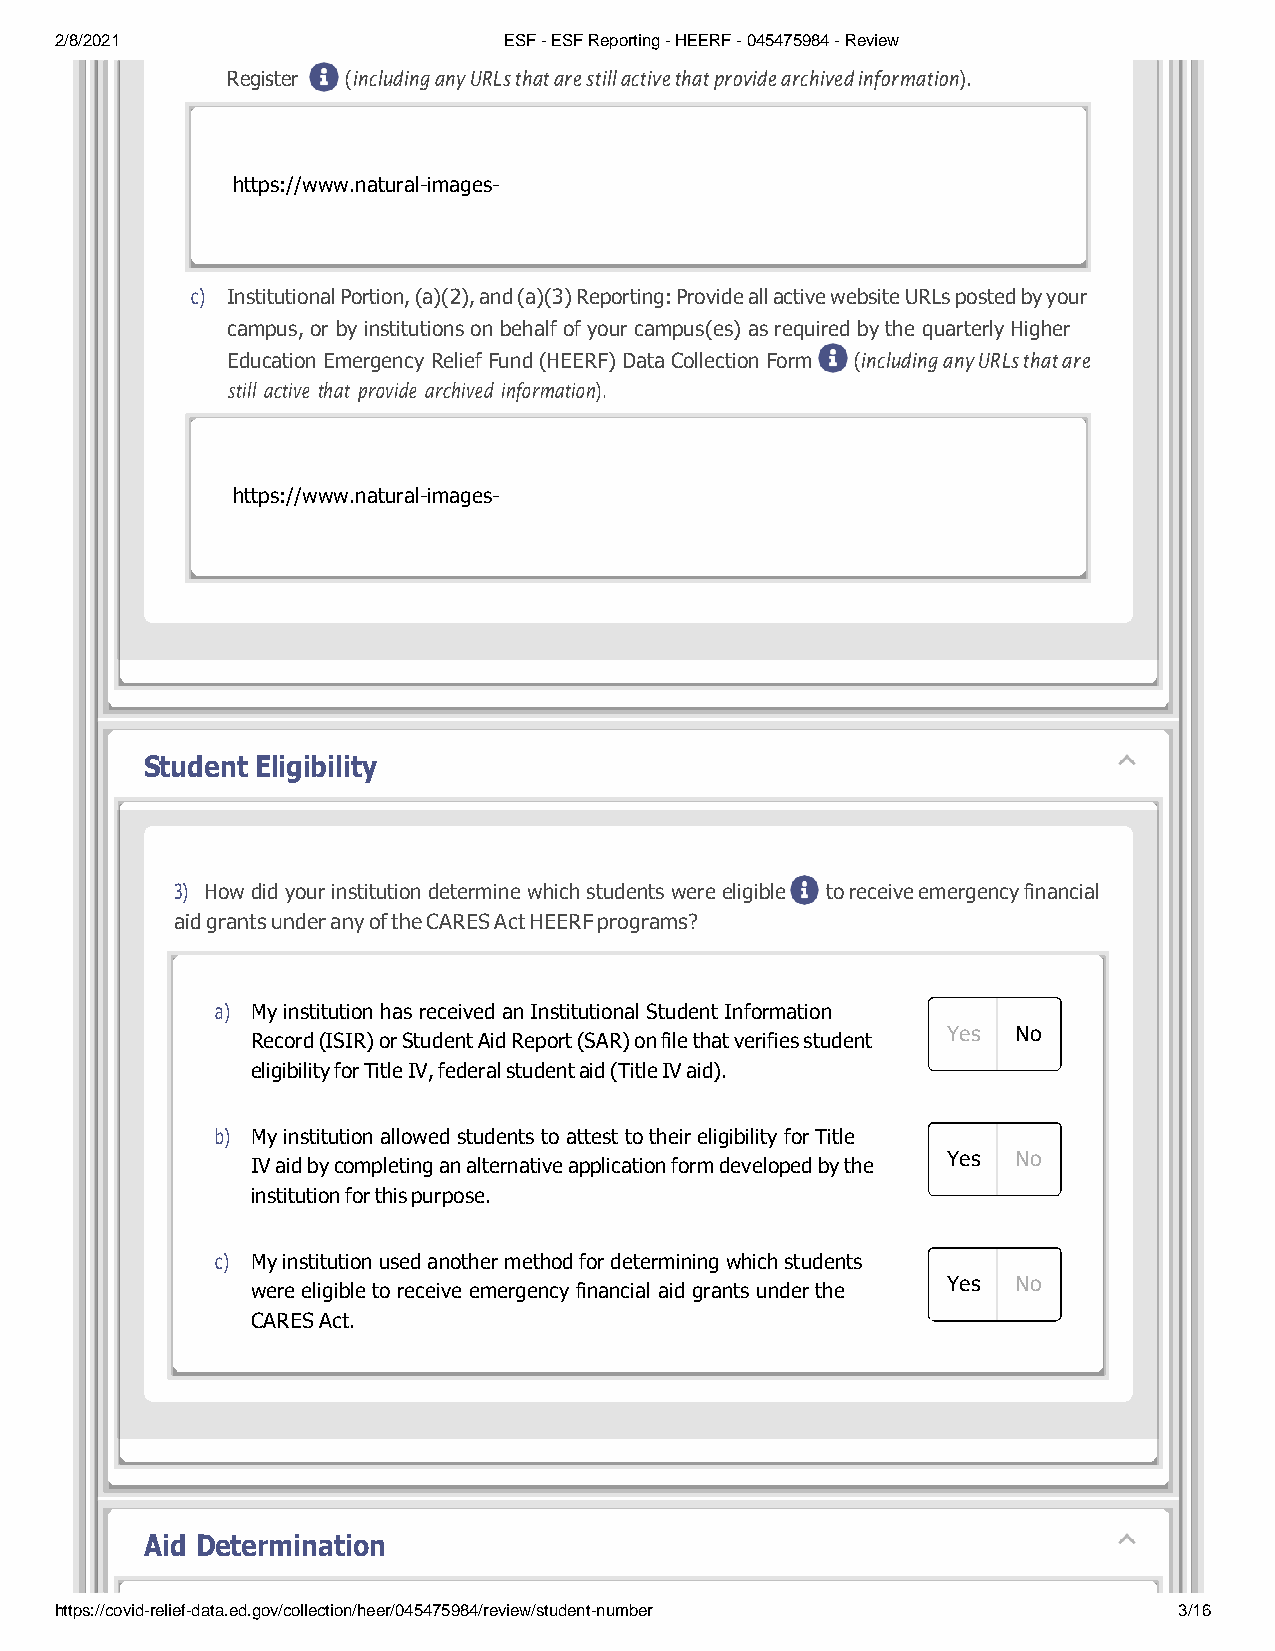
2/8/2021                     ESF - ESF Reporting - HEERF - 045475984 - Review
 Register (including any URLs that are still active that provide archived information).
 https://www.natural-images-
 c) Institutional Portion, (a)(2), and (a)(3) Reporting: Provide all active website URLs posted by your
 campus, or by institutions on behalf of your campus(es) as required by the quarterly Higher
 Education Emergency Relief Fund (HEERF) Data Collection Form (including any URLs that are
 still active that provide archived information).
 https://www.natural-images-
 Student Eligibility
 3) How did your institution determine which students were eligible to receive emergency financial
 aid grants under any of the CARES Act HEERF programs?
 a) My institution has received an Institutional Student Information
 Yes No
 Record (ISIR) or Student Aid Report (SAR) on file that verifies student
 eligibility for Title IV, federal student aid (Title IV aid).
 b) My institution allowed students to attest to their eligibility for Title
 Yes No
 IV aid by completing an alternative application form developed by the
 institution for this purpose.
 c) My institution used another method for determining which students
 Yes No
 were eligible to receive emergency financial aid grants under the
 CARES Act.
 Aid Determination
 https://covid-relief-data.ed.gov/collection/heer/045475984/review/student-number 3/16